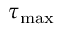
\tau _ { \mathrm { m a x } }